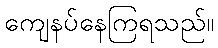
ကျေနပ်နေကြရသည်။